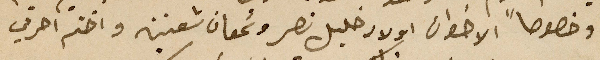
وخصوصاً الاخوان اولاد خليل نصر وسَمعان شعنين واختم احرفي